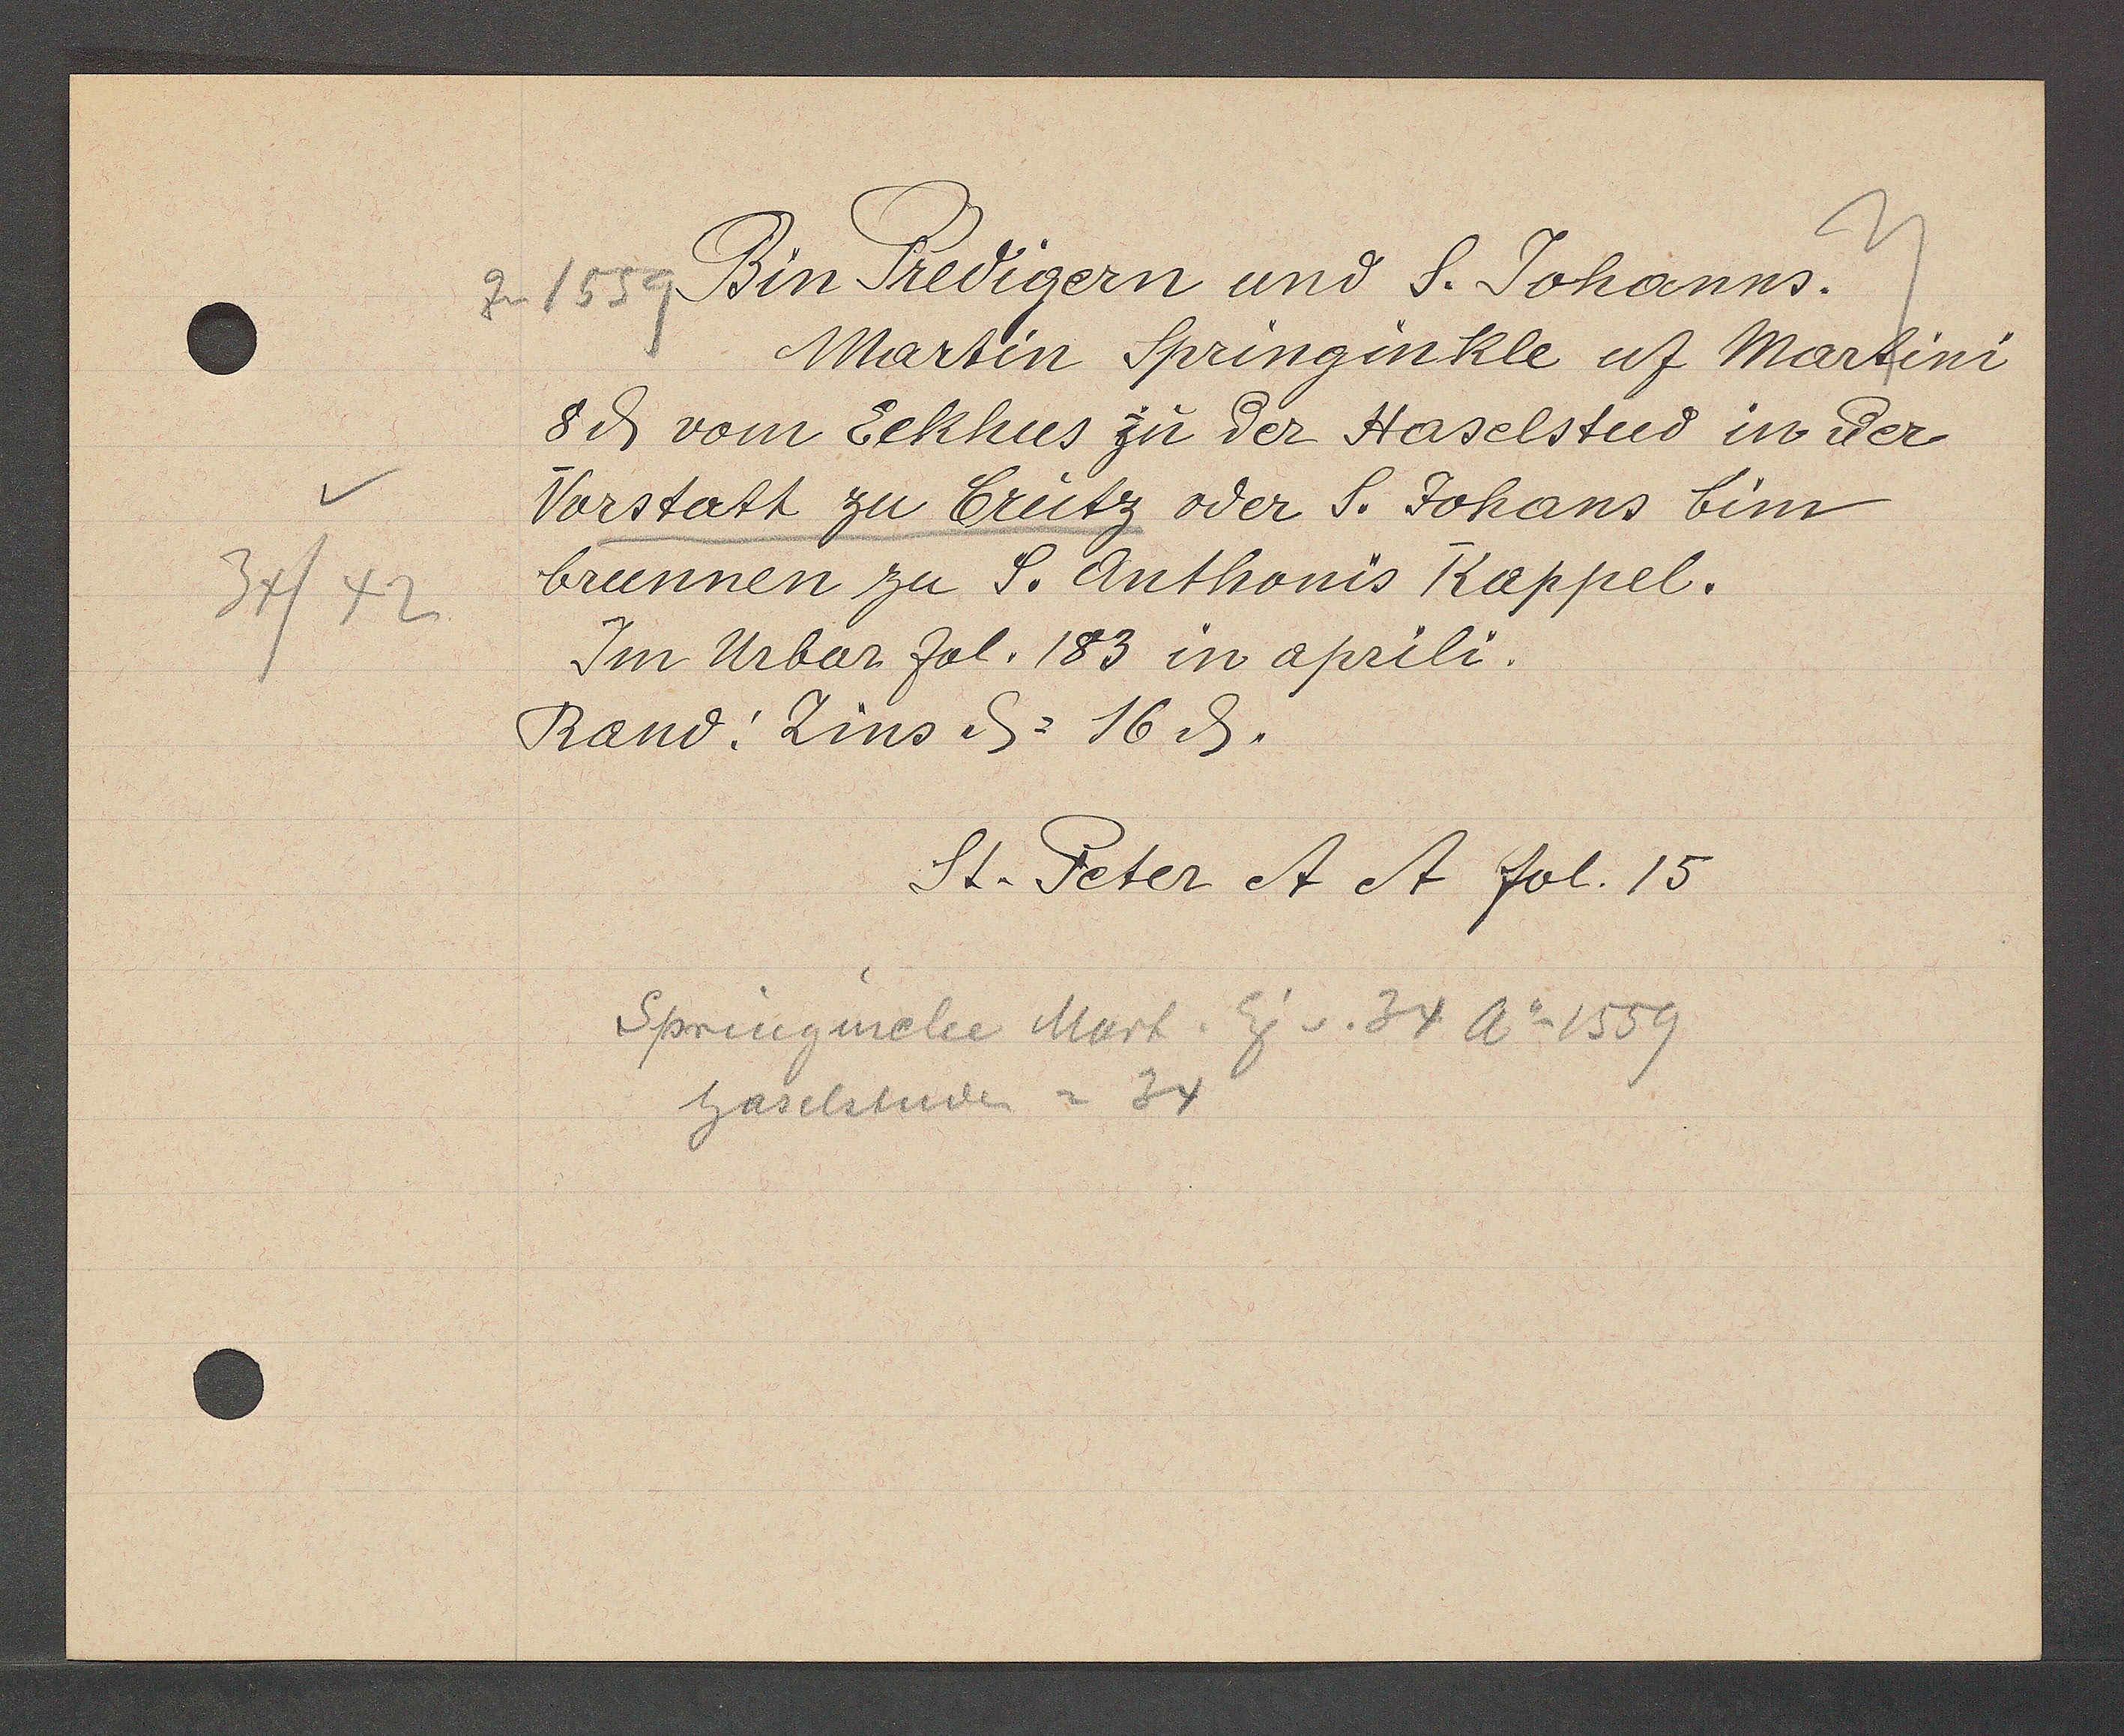
Transcript:
42
34

1559 Bin Predigern und S. Johanns.

Martin Springinkle uf Martini
8 ȡ vom Eckhus zu der Haselstud in der
Vorstatt zu Crutz oder S. Johans bim
brunnen zu S. Anthonis Kappel.
Im Urbar fol. 183 in aprili.
Rand: Zins ȡ = 16 ȡ.

St. Peter et et fol. 15

Springinelee Mart. Eig v. 34 Ao 1559
haselstuden = 34